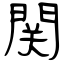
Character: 関